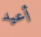
أعيد